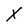
Character: X